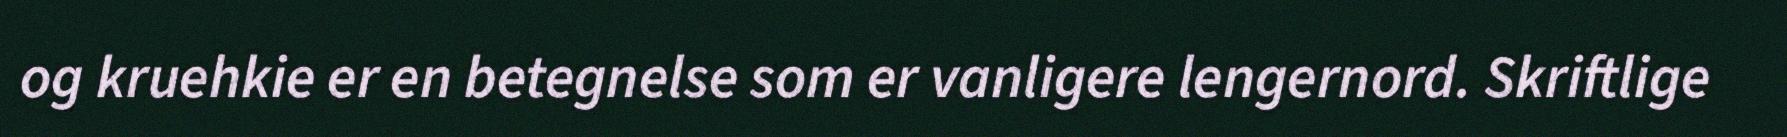
og kruehkie er en betegnelse som er vanligere lengernord. Skriftlige